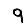
Digit: 9